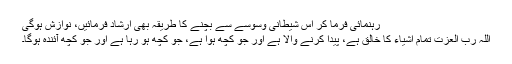
رہنمائی فرما کر اس شیطانی وسوسے سے بچنے کا طریقہ بھی ارشاد فرمائیں، نوازش ہوگی
اللہ رب العزت تمام اشیاء کا خالق ہے، پیدا کرنے والا ہے اور جو کچھ ہوا ہے، جو کچھ ہو رہا ہے اور جو کچھ آئندہ ہوگا۔